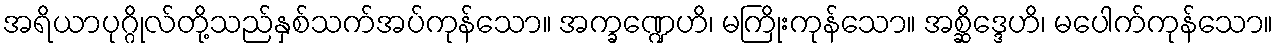
အရိယာပုဂ္ဂိုလ်တို့သည်နှစ်သက်အပ်ကုန်သော။ အက္ခဏ္ဍေဟိ၊ မကြိုးကုန်သော။ အစ္ဆိဒ္ဒေဟိ၊ မပေါက်ကုန်သော။